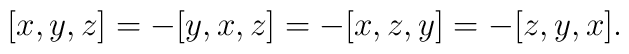
[x,y,z] = -[y,x,z] = -[x,z,y] = -[z,y,x].